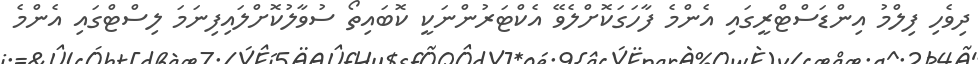
ދިވެހި ފިލްމު އިންޑަސްޓްރީގައި އެންމެ ފާހަގަކޮށްލެވޭ އެކްޓަރުންނަކީ ކޮބައިތޯ ސުވާލުކޮށްލައިފިނަމަ ލިސްޓްގައި އެންމެ